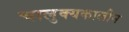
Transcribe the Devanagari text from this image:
चालुक्‍यकालीन